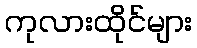
ကုလားထိုင်များ